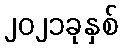
၂၀၂၁ခုနှစ်